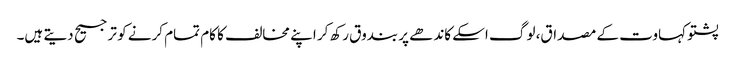
پشتو کہاوت کے مصداق، لوگ اسکے کاندھے پر بندوق رکھ کر اپنے مخالف کا کام تمام کرنے کو ترجیح دیتے ہیں۔